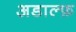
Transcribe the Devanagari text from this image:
अडाल्फ़